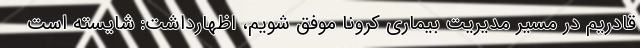
قادریم در مسیر مدیریت بیماری کرونا موفق شویم، اظهارداشت: شایسته است